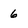
Character: 6